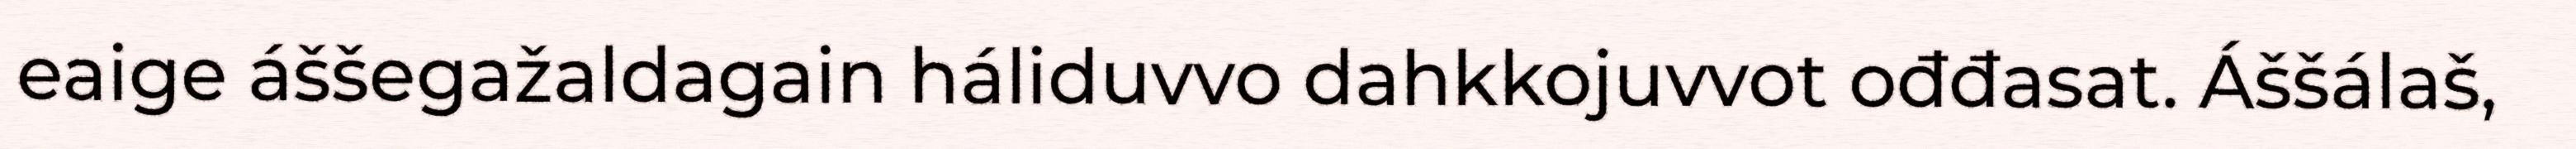
eaige áššegažaldagain háliduvvo dahkkojuvvot ođđasat. Áššálaš,